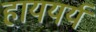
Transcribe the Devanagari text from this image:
हाययर्य